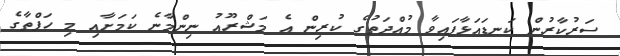
ސަރުކާރުން ކަނޑައަޅާފައިވާ މުއްދަތުގެ ކުރިން އެ މަޝްރޫއު ނިންމާނެ ކަމަށާއި މި ހަފްތާގެ